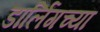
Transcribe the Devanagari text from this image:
डार्लिंगच्या